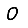
Digit: 0